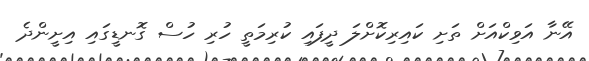
އޭނާ އަވިކްއަށް ތަށި ކައިރިކޮށްލަ ދީފައި ކުރިމަތީ ހުރި ހުސް ގޮނޑީގައި އިށީންދެ